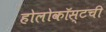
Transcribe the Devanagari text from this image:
होलोकॉस्टची